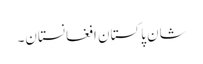
شان پاکستان افغانستان۔